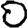
Digit: 0